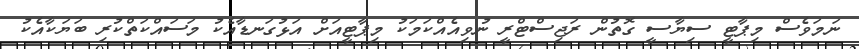
ނަމަވެސް މިޕާޓީ ސިޔާސީ ގޮތުން ރަޖިސްޓްރީ ނުވިއެއްކަމަކު މިޕާޓީއަށް އަޅުގަނޑާއެކު މަސައްކަތްކުރި ބަޔަކާއެކު